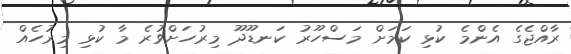
ރާއްޖެގެ އެންމެ ކުޅި ކަމަށް މަސްހޫރު ކަނޑޫދޫ މިރުހަށްވުރެ މާ ކުޅި މިރުހެއް